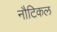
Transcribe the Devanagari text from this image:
नौटिकल